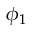
\phi _ { 1 }